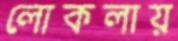
লোকলায়